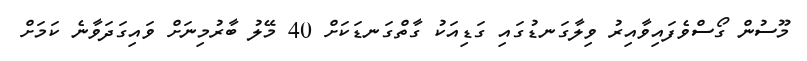
މޫސުން ގޯސްވެފައިވާއިރު ވިލާގަނޑުގައި ގަޑިއަކު ގާތްގަނޑަކަށް 40 މޭލު ބާރުމިނަށް ވައިގަދަވާނެ ކަމަށް